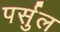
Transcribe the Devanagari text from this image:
पर्सुल